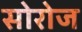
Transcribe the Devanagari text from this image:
सोरोज